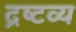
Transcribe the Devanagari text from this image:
द्रष्‍टव्य